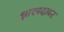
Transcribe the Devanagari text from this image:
झारपदावर